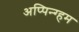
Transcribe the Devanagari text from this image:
अप्पिन्ग्हम